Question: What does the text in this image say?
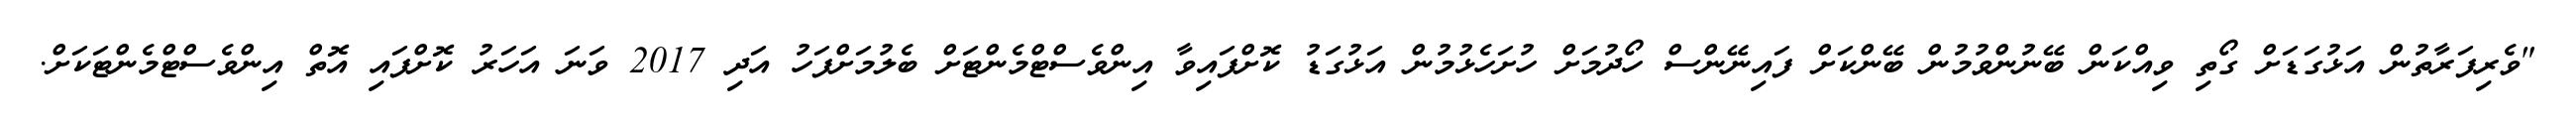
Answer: "ވެރިފަރާތުން އަޅުގަޑަށް ގޯތި ވިއްކަން ބޭނުންވުމުން ބޭންކަށް ފައިނޭންސް ހޯދުމަށް ހުށަހެޅުމުން އަޅުގަޑު ކޮށްފައިވާ އިންވެސްޓްމެންޓަށް ބެލުމަށްފަހު އަދި 2017 ވަނަ އަހަރު ކޮށްފައި އޮތް އިންވެސްޓްމެންޓަކަށް.